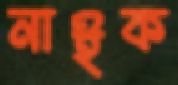
নাইক